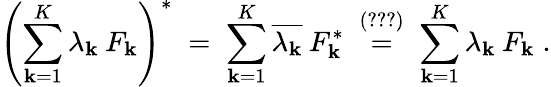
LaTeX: \left(\sum_{\mathbf{k}=1}^{K}\lambda_{\mathbf{k}}\: F_{\mathbf{k}}\right)^{*}\; =\; \sum_{\mathbf{k}=1}^{K}\overline{{{{\lambda_{\mathbf{k}}}}}}\: F_{\mathbf{k}}^{*}\; \stackrel{(\ref{{eq:47}})}{=}\; \sum_{\mathbf{k}=1}^{K}\lambda_{\mathbf{k}}\: F_{\mathbf{k}}\; .